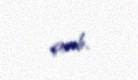
çıxıb.